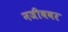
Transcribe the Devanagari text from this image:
नजीबवर